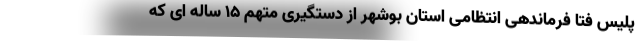
پلیس فتا فرماندهی انتظامی استان بوشهر از دستگیری متهم ۱۵ ساله ای که